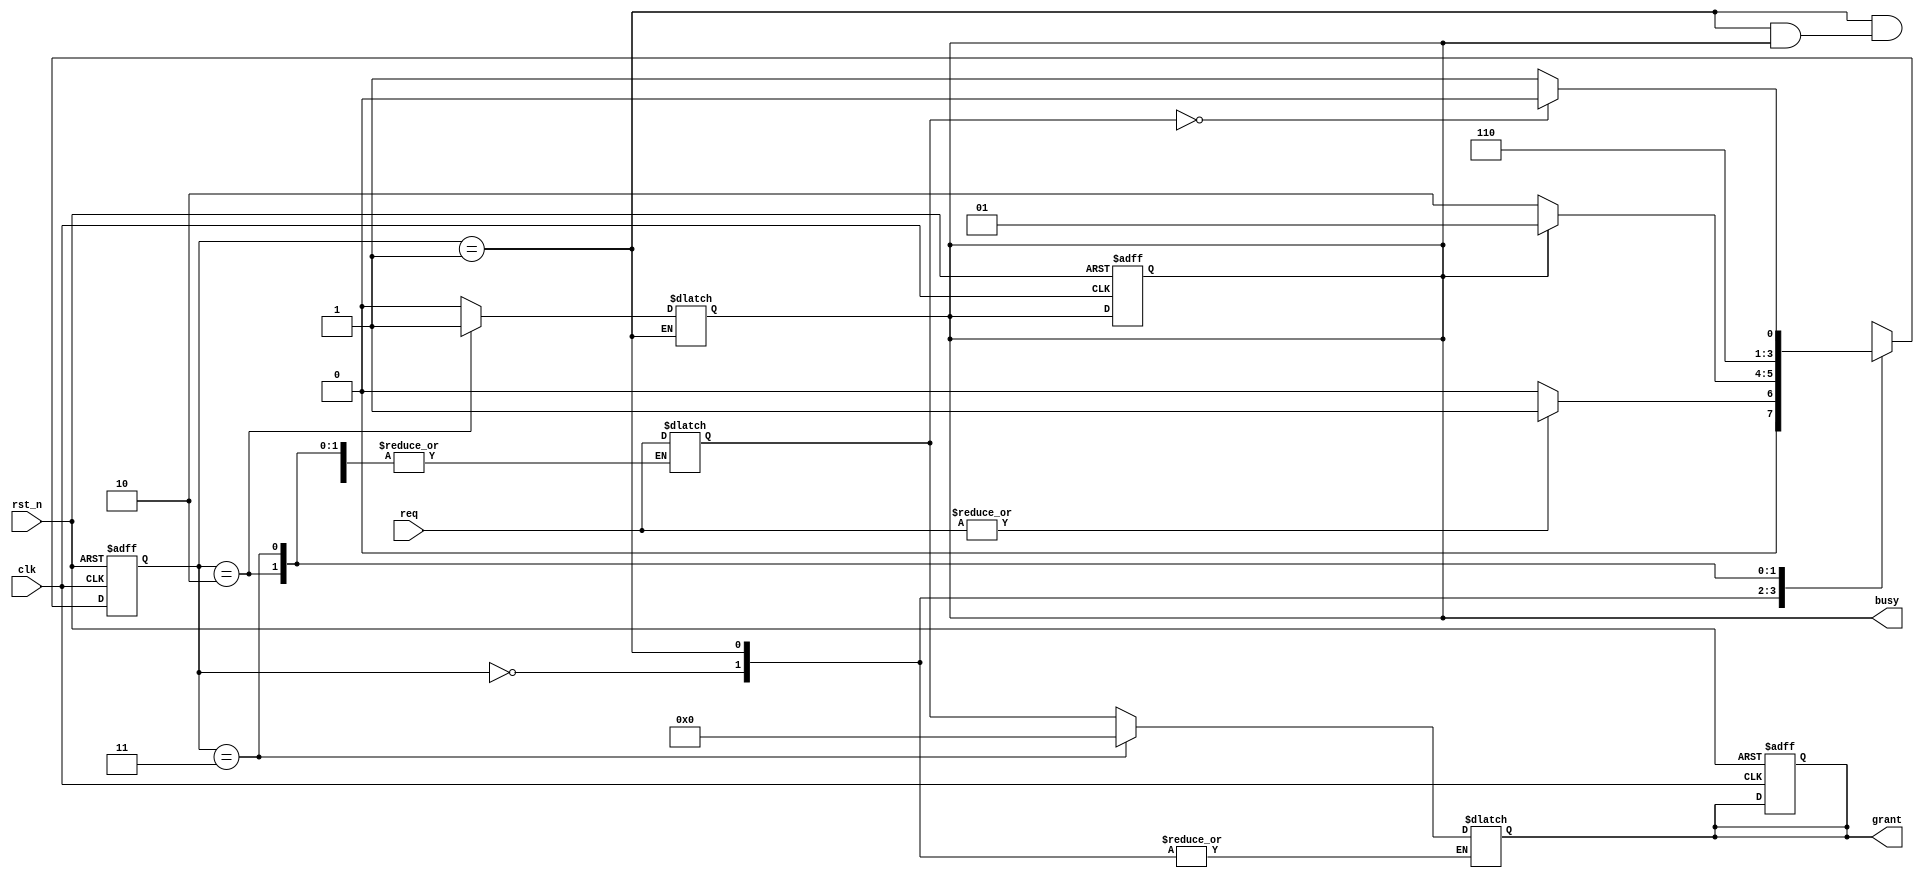
module memory_handshake(
    input wire clk,                      // System clock
    input wire rst_n,                    // Active low reset
    input wire [N-1:0] req,              // Request signals from N processes
    output reg [N-1:0] grant,             // Grant signals to N processes
    output reg busy                       // Busy signal indicating memory usage
);

// Parameter definitions
parameter N = 4;                        // Number of processes
parameter IDLE = 2'b00;                 // Idle state
parameter REQUEST = 2'b01;              // Request state
parameter GRANT = 2'b10;                // Grant state
parameter RELEASE = 2'b11;              // Release state

reg [1:0] state;                        // Current state
reg [1:0] next_state;                   // Next state
reg [N-1:0] active_requests;            // Stores active requests

// State transition process
always @(posedge clk or negedge rst_n) begin
    if (!rst_n) begin
        state <= IDLE;
        busy <= 1'b0;
        grant <= {N{1'b0}};
    end else begin
        state <= next_state;
    end
end

// Combinational logic to determine next state
always @(*) begin
    case (state)
        IDLE: begin
            if (|req) begin // If any request is asserted
                next_state = REQUEST;
                busy = 1'b0; // Memory is not busy in IDLE
            end else begin
                next_state = IDLE;
                busy = 1'b0;
            end
        end
        
        REQUEST: begin
            if (busy) begin
                next_state = REQUEST; // Stay in REQUEST if busy
            end else begin
                active_requests = req; // Capture active request signals
                next_state = GRANT; // Move to GRANT state
            end
        end
        
        GRANT: begin
            grant = active_requests; // Assign grant based on requests
            busy = 1'b1; // Set busy signal
            next_state = RELEASE; // After grants, move to RELEASE state
        end
        
        RELEASE: begin
            grant = {N{1'b0}}; // De-assert all grants
            busy = 1'b0; // Memory is not busy
            if (!active_requests) begin
                next_state = IDLE; // No active requests, go back to IDLE
            end else begin
                next_state = REQUEST; // Otherwise, go back to REQUEST
            end
        end
        
        default: next_state = IDLE; // Safe default
    endcase
end

endmodule